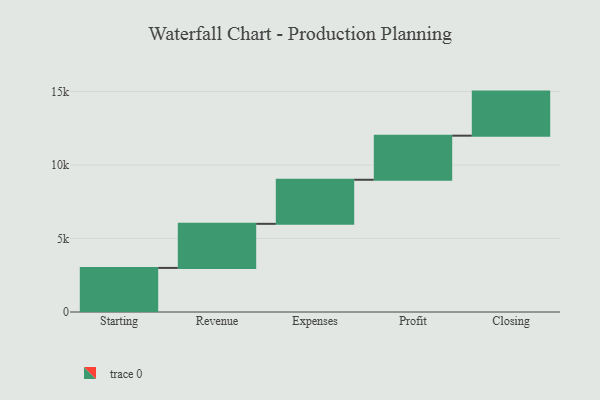
{"axis": {"x": "Step", "y": "Value"}, "legend": [""], "data": [{"x": "Starting", "y": 3000, "type": ""}, {"x": "Revenue", "y": 3000, "type": ""}, {"x": "Expenses", "y": 3000, "type": ""}, {"x": "Profit", "y": 3000, "type": ""}, {"x": "Closing", "y": 3000, "type": ""}]}